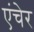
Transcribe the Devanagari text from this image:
एंचेर